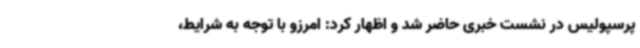
پرسپولیس در نشست خبری حاضر شد و اظهار کرد: امرزو با توجه به شرایط،